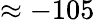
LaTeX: \approx-105